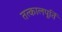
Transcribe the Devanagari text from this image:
तत्कालपूर्ति